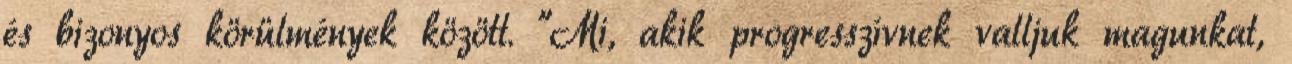
és bizonyos körülmények között. "Mi, akik progresszívnek valljuk magunkat,